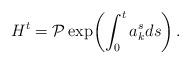
LaTeX: \begin{align*}H^t=\mathcal P\exp\!\left(\int_0^t a^s_kds\right).\end{align*}